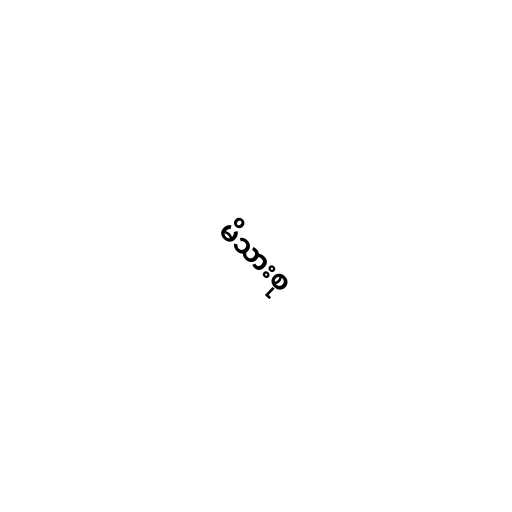
မိသားစု